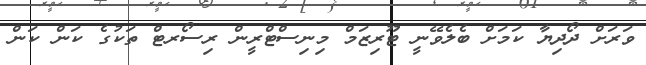
ވަރަށް ދޯދިޔާ ކަމަށް ބެލެވޭނީ ޓޫރިޒަމް މިނިސްޓްރީން ރިސޯރޓް ތަކުގެ ކަން ކަން